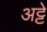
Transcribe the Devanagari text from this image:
अट्टे